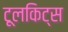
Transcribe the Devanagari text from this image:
टूलकिट्स